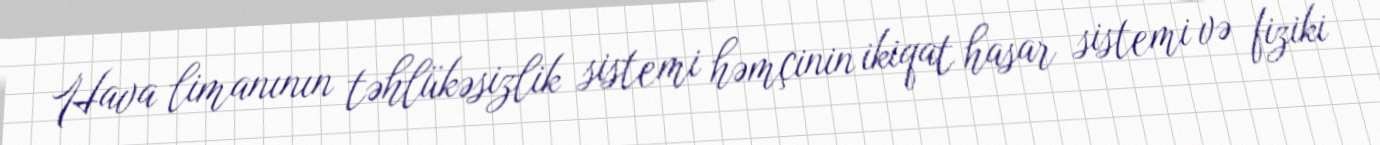
Hava limanının təhlükəsizlik sistemi həmçinin ikiqat hasar sistemi və fiziki